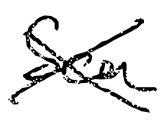
Text: Sea
Cross-out: cross
Writing tool: digital_black